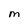
Character: M